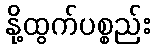
နို့ထွက်ပစ္စည်း